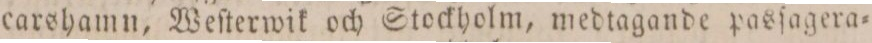
carshamn, Weſterwik och Stockholm, medtagande pasſagera=